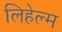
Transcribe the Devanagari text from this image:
लिहेल्म